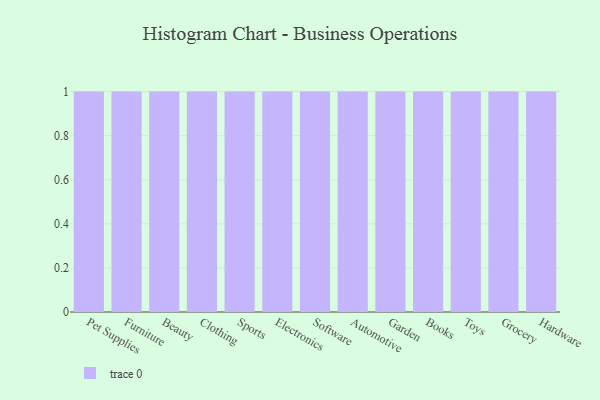
{"axis": {"x": "Category", "y": "Operating Costs (USD K)"}, "legend": [""], "data": [{"x": "Pet Supplies", "y": 16, "type": ""}, {"x": "Furniture", "y": 77, "type": ""}, {"x": "Beauty", "y": 16, "type": ""}, {"x": "Clothing", "y": 96, "type": ""}, {"x": "Sports", "y": 90, "type": ""}, {"x": "Electronics", "y": 47, "type": ""}, {"x": "Software", "y": 24, "type": ""}, {"x": "Automotive", "y": 5, "type": ""}, {"x": "Garden", "y": 56, "type": ""}, {"x": "Books", "y": 33, "type": ""}, {"x": "Toys", "y": 64, "type": ""}, {"x": "Grocery", "y": 72, "type": ""}, {"x": "Hardware", "y": 48, "type": ""}]}